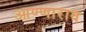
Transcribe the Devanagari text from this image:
आण्णाराव